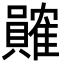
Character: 𬥩